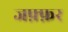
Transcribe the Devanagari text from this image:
जफ़्फ़र